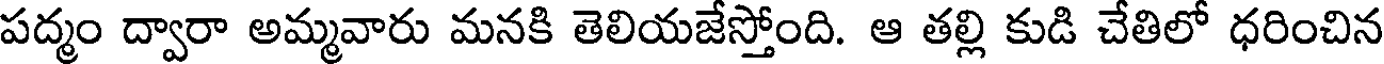
పద్మం ద్వారా అమ్మవారు మనకి తెలియజేస్తోంది. ఆ తల్లి కుడి చేతిలో ధరించిన